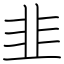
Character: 韭